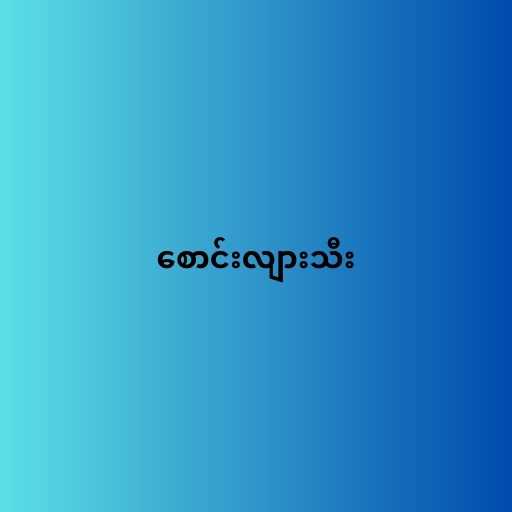
စောင်းလျားသီး